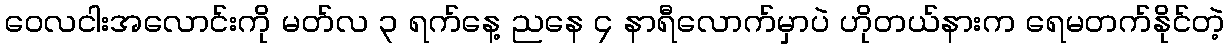
ဝေလငါးအလောင်းကို မတ်လ ၃ ရက်နေ့ ညနေ ၄ နာရီလောက်မှာပဲ ဟိုတယ်နားက ရေမတက်နိုင်တဲ့